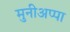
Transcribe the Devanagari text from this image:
मुनीअप्पा